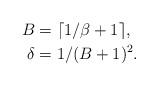
LaTeX: \begin{align*}B&=\lceil 1/\beta+1\rceil,\\\delta&=1/(B+1)^2.\end{align*}